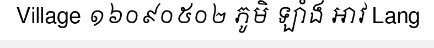
Village ១៦០៩០៥០២ ភូមិ ឡាំង អាវ Lang